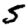
Digit: 5